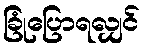
ခြုံပြောရလျှင်